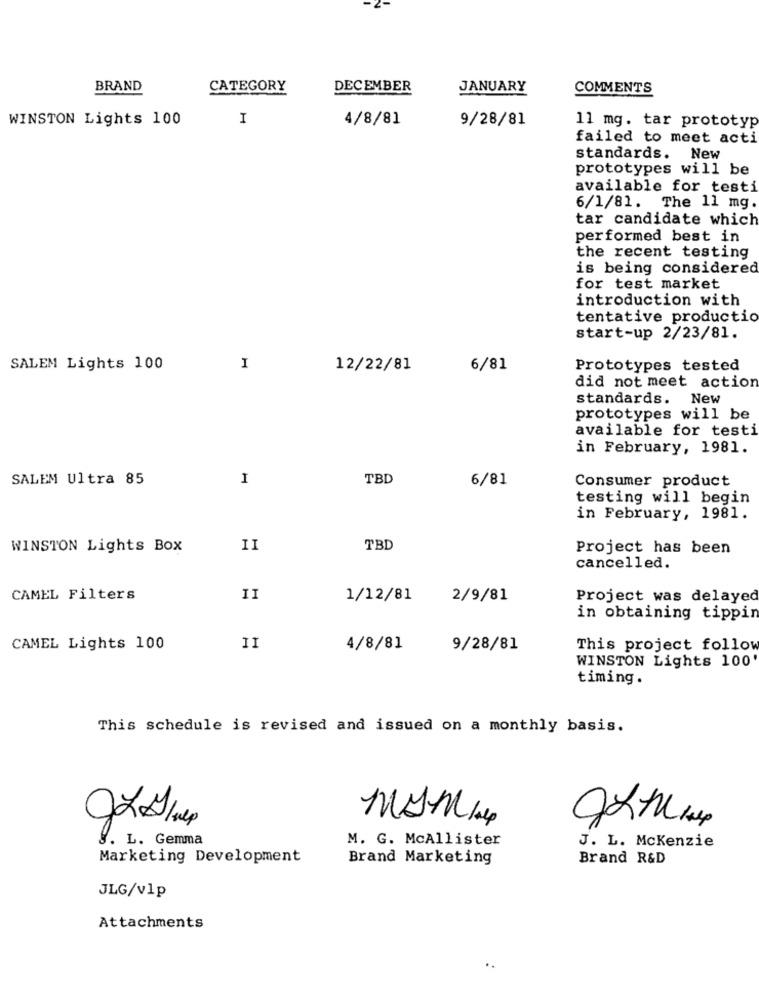
BRAND
CATEGORY
DECEMBER
JANUARY
COMMENTS
WINSTON Lights 100
I
4/8/81
9/28/81
11 mg. tar prototyp
failed to meet acti
standards. New
prototypes will be
available for testi
6/1/81. The 11 mg.
tar candidate which
performed best in
the recent testing
is being considered
for test market
introduction with
tentative productio
start-up 2/23/81.
SALEM Lights 100
I
12/22/81
6/81
Prototypes tested
did not meet action
standards.
New
prototypes will be
available for testi
in February, 1981.
SALEM Ultra 85
I
TBD
6/81
Consumer product
testing will begin
in February, 1981.
WINSTON Lights Box
II
TBD
Project has been
cancelled.
CAMEL Filters
II
1/12/81
2/9/81
Project was delayed
in obtaining tippin
CAMEL Lights 100
II
4/8/81
9/28/81
This project follow
WINSTON Lights 100'
timing.
This schedule is revised and issued on a monthly basis.
. L. Gemma
M. G. McAllister
J. L. Mckenzie
Marketing Development
Brand Marketing
Brand R&D
JLG/v1p
Attachments